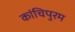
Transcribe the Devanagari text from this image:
कांचिपुरम